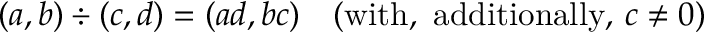
( a , b ) \div ( c , d ) = ( a d , b c ) \quad ( { \mathrm { w i t h , ~ a d d i t i o n a l l y , ~ } } c \neq 0 )